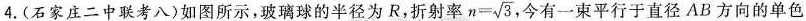
4.(石家庄二中联考八)如图所示，玻璃球的半径为R，折射率 $$n= \sqrt{3}$$， 今有一束平行于直径AB方向的单色